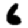
Digit: 6